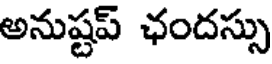
అనుష్టప్ ఛందస్సు